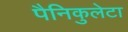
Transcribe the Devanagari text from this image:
पैनिकुलेटा